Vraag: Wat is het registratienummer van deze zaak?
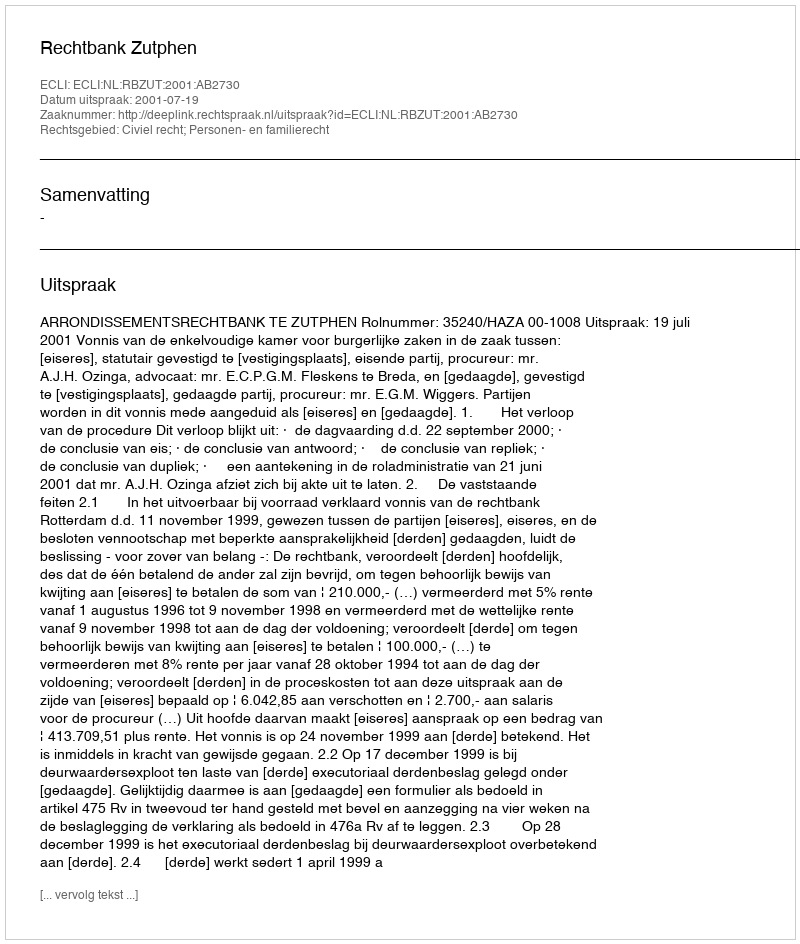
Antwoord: http://deeplink.rechtspraak.nl/uitspraak?id=ECLI:NL:RBZUT:2001:AB2730